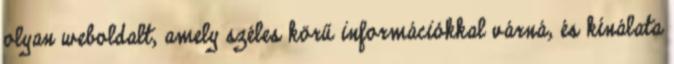
olyan weboldalt, amely széles körű információkkal várná, és kínálata